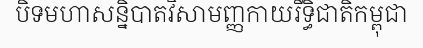
បិទមហាសន្និបាតវិសាមញ្ញកាយរឹទ្ធិជាតិកម្ពុជា